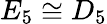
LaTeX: E_{5}\cong D_{5}